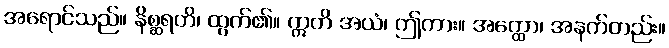
အရောင်သည်။ နိစ္ဆရတိ၊ ထွက်၏။ ဣတိ အယံ၊ ဤကား။ အတ္ထော၊ အနက်တည်း။